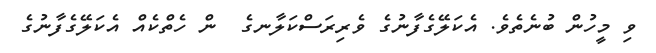
ވި މީހުން ބުނެތެވެ. އެކަލޭގެފާނުގެ ވެރިރަސްކަލާނގެ  ން ހެތްކެއް އެކަލޭގެފާނުގެ